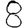
Digit: 8